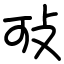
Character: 㪃